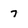
Character: 7